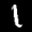
Label: 1